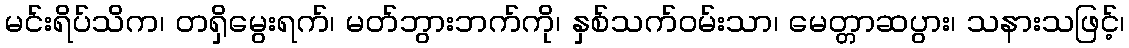
မင်းရိပ်သိက၊ တရှိမွေးရက်၊ မတ်ဘွားဘက်ကို၊ နှစ်သက်ဝမ်းသာ၊ မေတ္တာဆပွား၊ သနားသဖြင့်၊